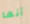
أنها